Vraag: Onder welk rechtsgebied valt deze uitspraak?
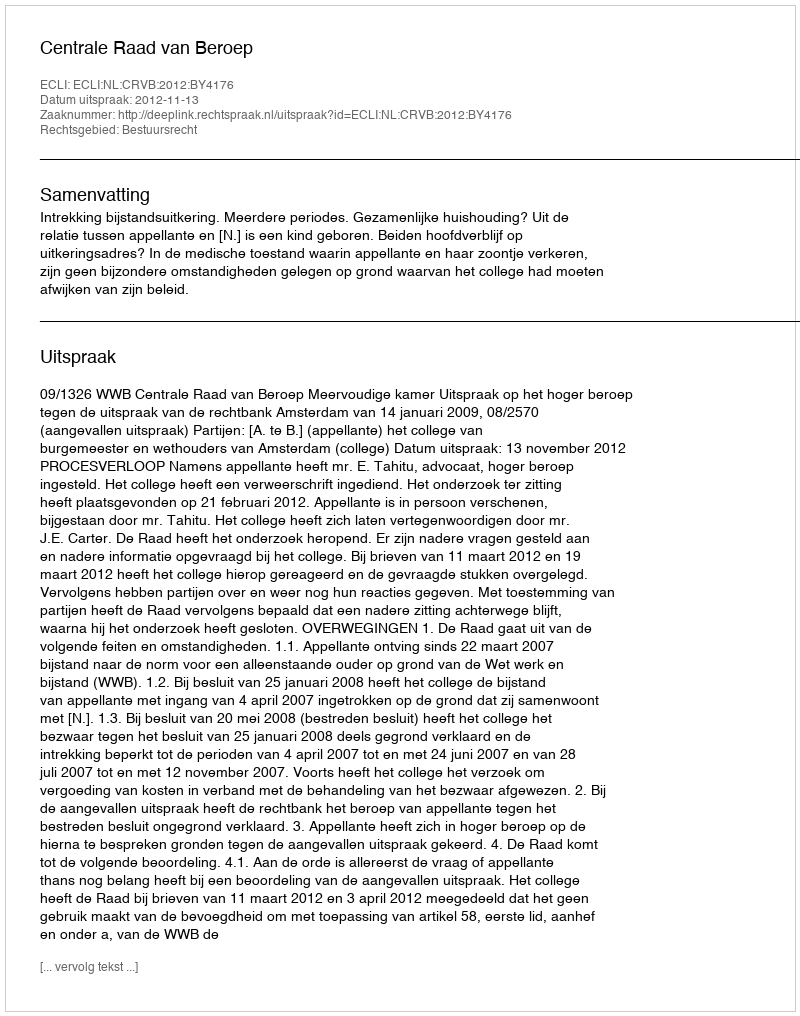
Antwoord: Bestuursrecht